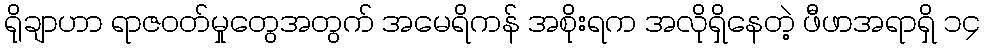
ရိုချာဟာ ရာဇဝတ်မှုတွေအတွက် အမေရိကန် အစိုးရက အလိုရှိနေတဲ့ ဖီဖာအရာရှိ ၁၄